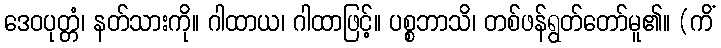
ဒေဝပုတ္တံ၊ နတ်သားကို။ ဂါထာယ၊ ဂါထာဖြင့်။ ပစ္စဘာသိ၊ တစ်ဖန်ရွတ်တော်မူ၏။ (ကိံ